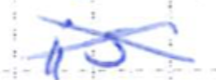
Text: is
Cross-out: cross
Writing tool: ballpoint